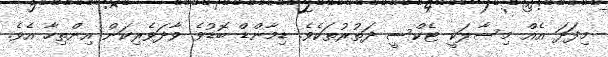
މިފަދަ އެއް މިސާލަކީ ޓެކްސީ ދަތުރުތަކެވެ. ޑިމާންޑް ބޮޑުވެ ވާދަވެރިކަން އިންތިހާ އެވެ.